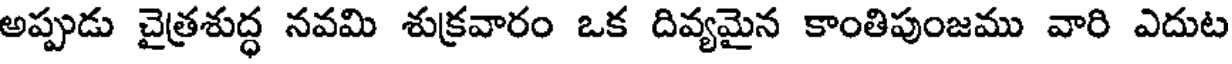
అప్పుడు చైత్రశుద్ధ నవమి శుక్రవారం ఒక దివ్యమైన కాంతిపుంజము వారి ఎదుట